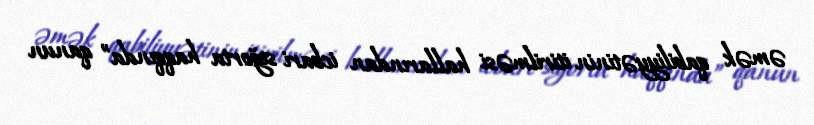
əmək qabiliyyətinin itirilməsi hallarından icbari sığorta haqqında” qanun